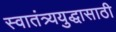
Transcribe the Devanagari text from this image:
स्वातंत्र्ययुद्धासाठी